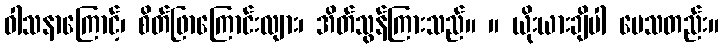
ဝါသနာကြောင့်၊ စိတ်ဖြာကြောင်းလျား၊ အိတ်သွန်ကြားသည်။ ။ ယိုးယားချိပါ ပေသတည်း။